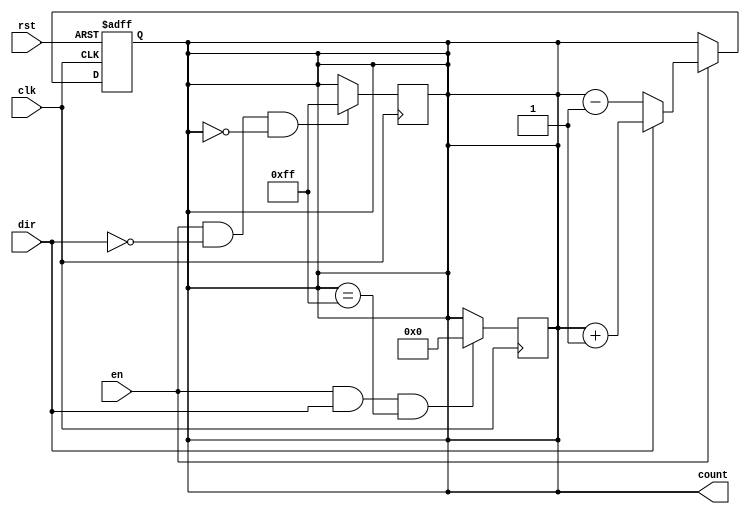
module multi_bit_counter #(
    parameter WIDTH = 8  // Configurable bit-width of the counter
)(
    input wire clk,      // Clock signal
    input wire rst,      // Asynchronous reset signal
    input wire en,       // Enable signal
    input wire dir,      // Direction signal (1 for increment, 0 for decrement)
    output reg [WIDTH-1:0] count // Current count value
);

    // Asynchronous reset and synchronous counting
    always @(posedge clk or posedge rst) begin
        if (rst) begin
            count <= 0; // Reset the counter to zero
        end else if (en) begin
            if (dir) begin
                // Increment operation
                count <= count + 1;
            end else begin
                // Decrement operation
                count <= count - 1;
            end
        end
    end

    // Handle wrap-around for incrementing
    always @(posedge clk) begin
        if (en && dir && (count == {WIDTH{1'b1}})) begin
            count <= 0; // Wrap around to 0
        end
    end

    // Handle wrap-around for decrementing
    always @(posedge clk) begin
        if (en && !dir && (count == 0)) begin
            count <= {WIDTH{1'b1}}; // Wrap around to max value
        end
    end

endmodule